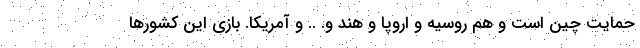
حمایت چین است و هم روسیه و اروپا و هند و. .. و آمریکا. بازی این کشورها